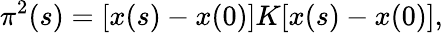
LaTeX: \pi^{2}(s)=[x(s)-x(0)]K[x(s)-x(0)],